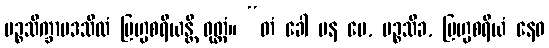
ပဉ္စသိက္ခာပဒသီလံ ဗြဟ္မစရိယန္တိ ဝုတ္တံ။ “တံ ခေါ ပန မေ, ပဉ္စသိခ, ဗြဟ္မစရိယံ နေဝ